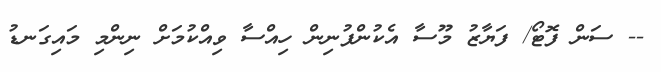
-- ސަން ފޮޓޯ/ ފަޔާޒު މޫސާ އެކުންފުނިން ހިއްސާ ވިއްކުމަށް ނިންމި މައިގަނޑު